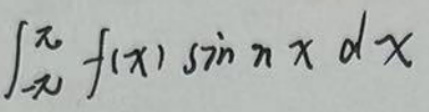
\[
\int_{-\pi}^{\pi} f(x) \sin nx \, dx
\]